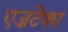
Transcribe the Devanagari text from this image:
एज़टेका